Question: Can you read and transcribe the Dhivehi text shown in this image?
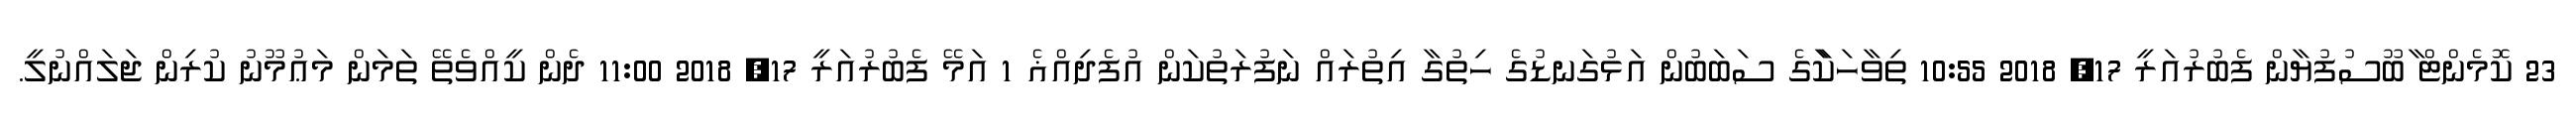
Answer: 23 ކޮމެންޓް ާބޫސުފުޔާން ފެބުރުއަރީ 17, 2018 10:55 ތިވާހަކާަގެ ސަބަބުން އަޅުގަނޑުގެ ހިތުގާ އިތުރައް ނަފުރަތުކަން އުފެދިއްޣެ 1 އަމޭ ފެބުރުއަރީ 17, 2018 11:00 ދެން ކީއްވެތޭ ތަމަން މަޢުމޫނު ކުރިން ޖަލައްނުލީ.